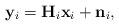
LaTeX: \begin{align*}\mathbf{y}_i=\mathbf{H}_i \mathbf{x}_i+\mathbf{n}_i,\end{align*}